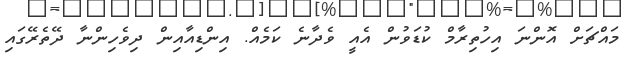
މައްޗަށް އޮންނަ އިހުތިިރާމް ކުޑަވުން އެއީ ވެދާނެ ކަމެއް. އިންޑިއާއިން ދިވެހިންނާ ދޭތެރޭގައި